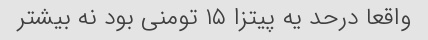
واقعا درحد یه پیتزا ۱۵ تومنی بود نه بیشتر